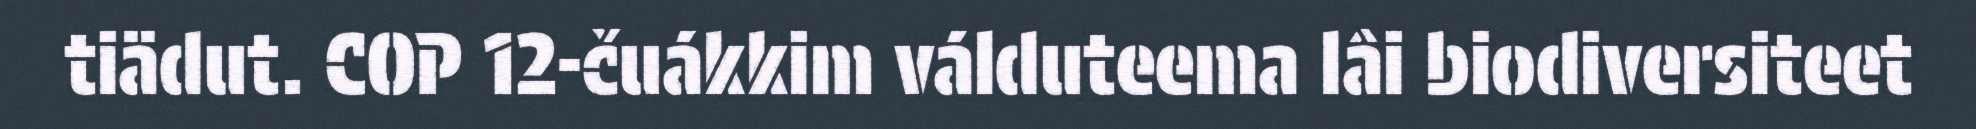
tiädut. COP 12-čuákkim válduteema lâi biodiversiteet